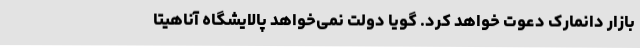
بازار دانمارک دعوت خواهد کرد. گویا دولت نمی‌خواهد پالایشگاه آناهیتا